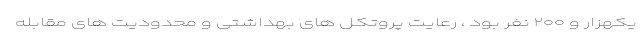
یکهزار و ۲۰۰ نفر بود ، رعایت پروتکل های بهداشتی و محدودیت های مقابله